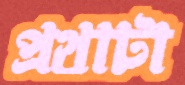
প্রথাটা